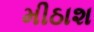
મીઠાશ